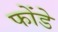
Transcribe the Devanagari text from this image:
फोंडे